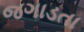
જગાડતા